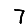
Digit: 7